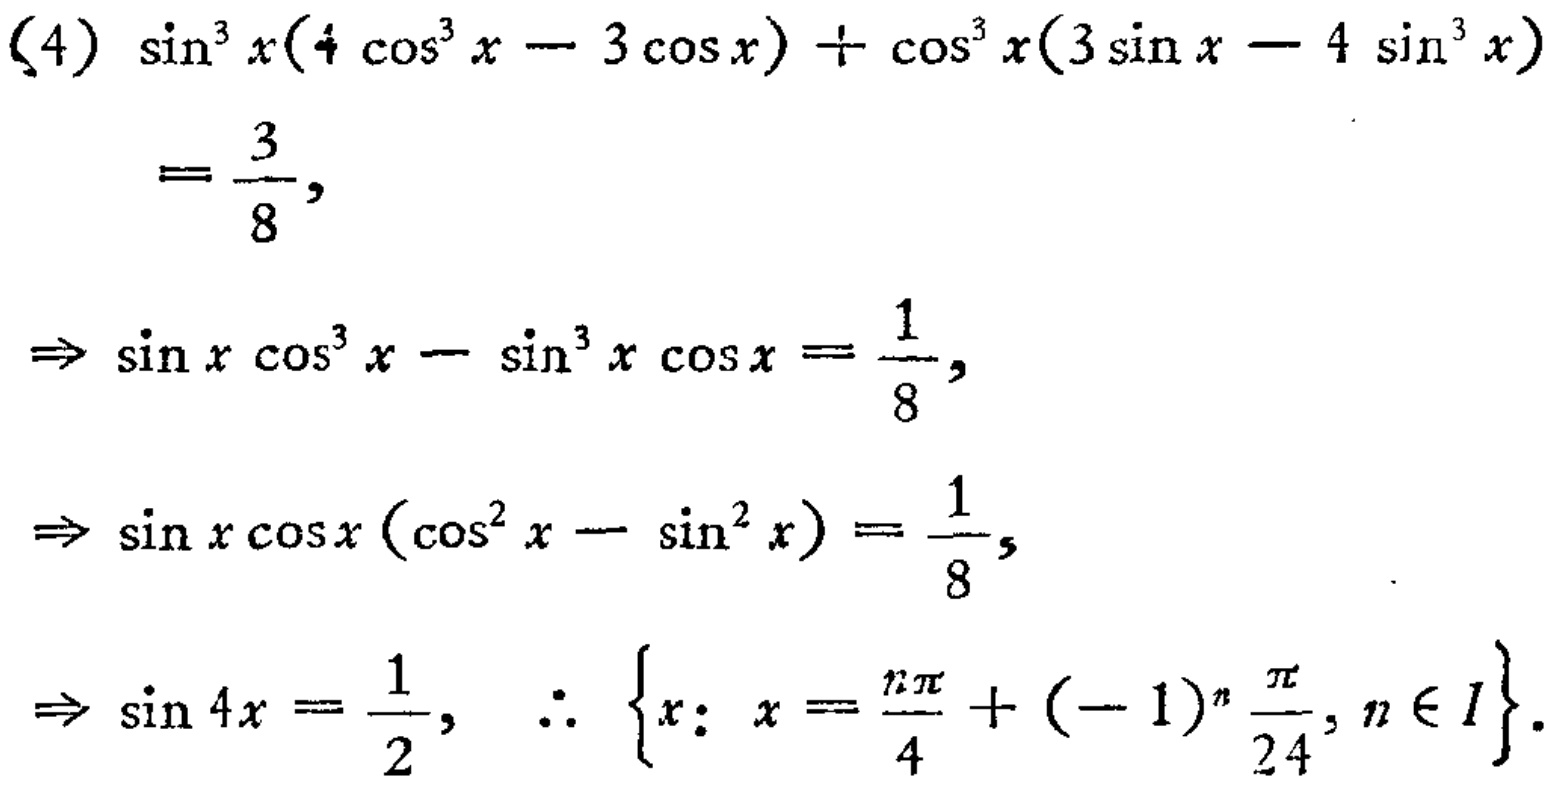
\begin{align*}
&(4)\ \sin^{3}x(4\cos^{3}x - 3\cos x)+\cos^{3}x(3\sin x - 4\sin^{3}x)\\
&=\frac{3}{8},\\
\Rightarrow\ &\sin x\cos^{3}x - \sin^{3}x\cos x=\frac{1}{8},\\
\Rightarrow\ &\sin x\cos x(\cos^{2}x - \sin^{2}x)=\frac{1}{8},\\
\Rightarrow\ &\sin 4x=\frac{1}{2},\ \therefore\ \left\{x:x = \frac{n\pi}{4}+(-1)^{n}\frac{\pi}{24},n\in I\right\}.
\end{align*}